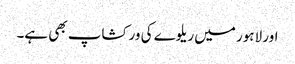
اور لاہور میں ریلوے کی ورکشاپ بھی ہے۔